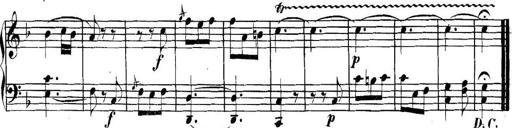
Title: Collected Piano Sonatas
Composer: Muzio Clementi